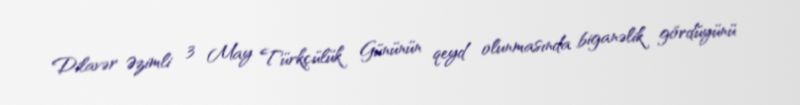
Dilavər Əzimli 3 May Türkçülük Gününün qeyd olunmasında biganəlik gördüyünü